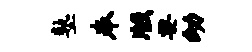
塾奉版要幼